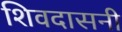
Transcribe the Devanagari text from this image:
शिवदासनी